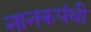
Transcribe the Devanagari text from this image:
नानकपंथी